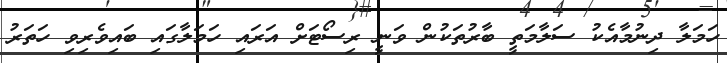
ހަމަލާ ދިނުމާއެކު ސަލާމަތީ ބާރުތަކުން ވަނީ ރިސޯޓަށް އަރައި ހަމަލާގައި ބައިވެރިވި ހަތަރު